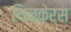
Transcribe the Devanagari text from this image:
थिन्केर्स